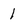
Character: 1